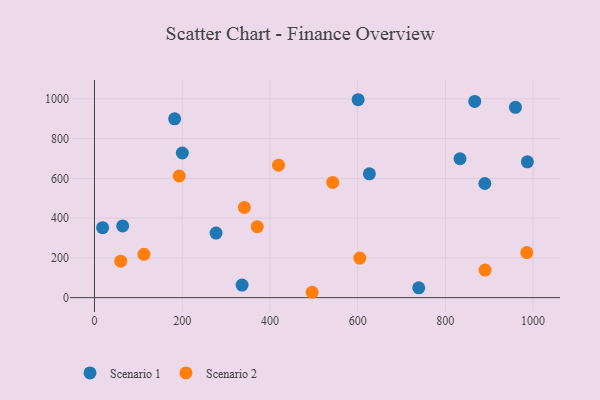
{"axis": {"x": "Study Hours", "y": "Rating"}, "legend": ["Scenario 1", "Scenario 2"], "data": [{"x": "959.8", "y": 957.1, "type": "Scenario 1"}, {"x": "277.2", "y": 324.7, "type": "Scenario 1"}, {"x": "890.0", "y": 573.9, "type": "Scenario 1"}, {"x": "601.1", "y": 995.3, "type": "Scenario 1"}, {"x": "18.6", "y": 351.9, "type": "Scenario 1"}, {"x": "336.5", "y": 63.2, "type": "Scenario 1"}, {"x": "987.0", "y": 683.0, "type": "Scenario 1"}, {"x": "739.3", "y": 49.5, "type": "Scenario 1"}, {"x": "833.4", "y": 698.5, "type": "Scenario 1"}, {"x": "200.3", "y": 727.4, "type": "Scenario 1"}, {"x": "182.8", "y": 899.1, "type": "Scenario 1"}, {"x": "867.0", "y": 986.9, "type": "Scenario 1"}, {"x": "64.3", "y": 360.9, "type": "Scenario 1"}, {"x": "626.8", "y": 622.5, "type": "Scenario 1"}, {"x": "193.2", "y": 611.8, "type": "Scenario 2"}, {"x": "543.2", "y": 579.6, "type": "Scenario 2"}, {"x": "496.2", "y": 27.0, "type": "Scenario 2"}, {"x": "890.5", "y": 138.4, "type": "Scenario 2"}, {"x": "371.1", "y": 356.9, "type": "Scenario 2"}, {"x": "419.7", "y": 666.2, "type": "Scenario 2"}, {"x": "985.7", "y": 226.7, "type": "Scenario 2"}, {"x": "112.8", "y": 217.7, "type": "Scenario 2"}, {"x": "604.9", "y": 199.0, "type": "Scenario 2"}, {"x": "341.8", "y": 453.6, "type": "Scenario 2"}, {"x": "59.9", "y": 183.6, "type": "Scenario 2"}]}